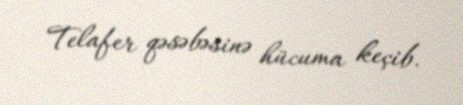
Telafer qəsəbəsinə hücuma keçib.